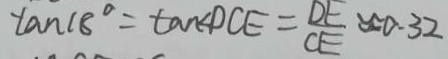
\tan 1 8 ^ { \circ } = \tan \angle D C E = \frac { D E } { C E } \approx 0 . 3 2